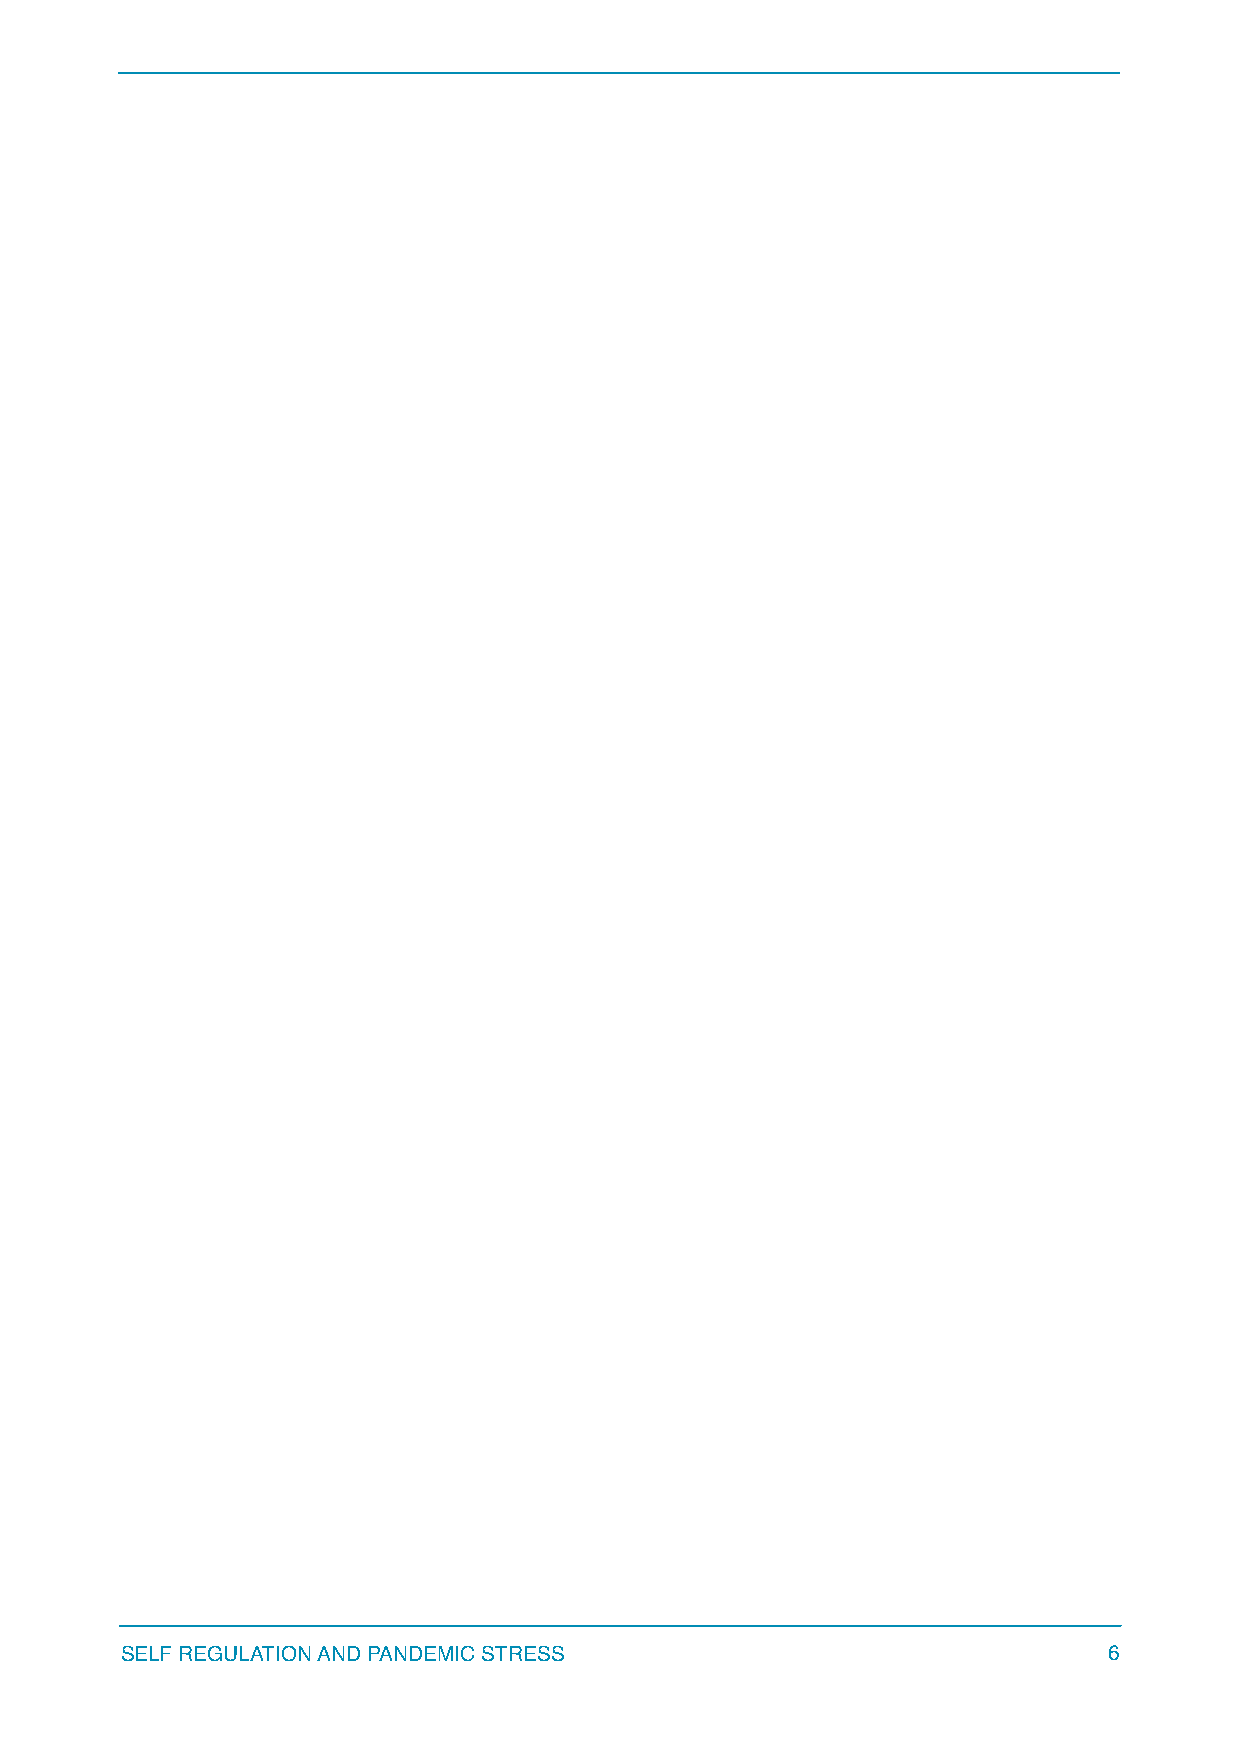
SELF REGULATION AND PANDEMIC STRESS                              6